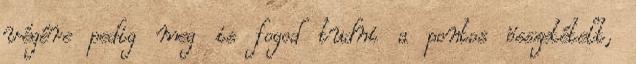
végére pedig meg is fogod tudni a pontos összetételt,